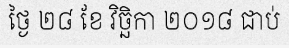
ថ្ងៃ ២៨ ខែ វិច្ឆិកា ២០១៨ ជាប់